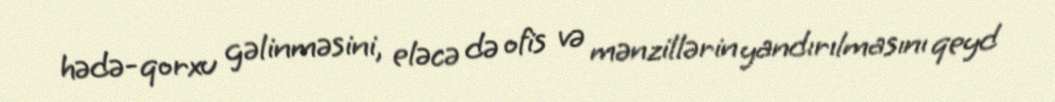
hədə-qorxu gəlinməsini, eləcə də ofis və mənzillərin yandırılmasını qeyd